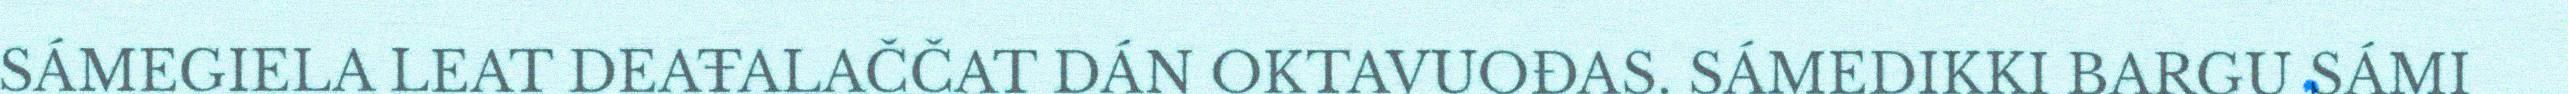
SÁMEGIELA LEAT DEAŦALAČČAT DÁN OKTAVUOĐAS. SÁMEDIKKI BARGU SÁMI